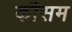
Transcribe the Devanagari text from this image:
कौसम